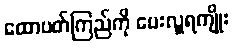
ထောပတ်ကြည်ကို ပေးလှူရကျိုး